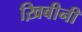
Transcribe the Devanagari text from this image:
ख़िबीनी